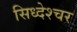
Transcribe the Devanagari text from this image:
सिध्देश्चर